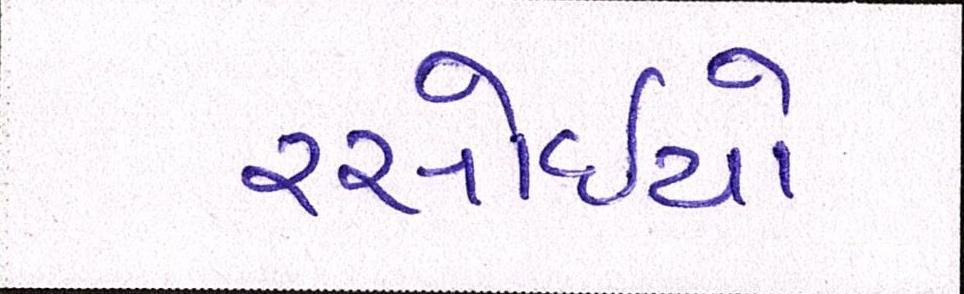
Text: રસોઈયો